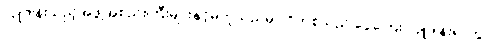
လှူဒါန်းသည့်အဖွဲ့အစည်းကြီးများနှင့်မတူသည်မှာ ဂိတ်စ်သည် ငွေကြေး လှူဒါန်းရာတွင်